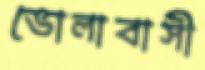
ভোলাবাসী